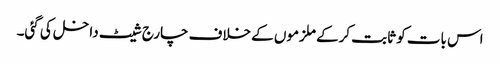
اس بات کو ثابت کرکے ملزموں کے خلاف چارج شیٹ داخل کی گئی۔